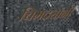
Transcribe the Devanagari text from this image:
चिमट्यांनी